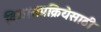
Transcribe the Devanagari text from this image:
विकासप्रक्रियेसाठी